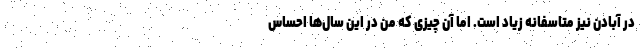
در آبادن نیز متاسفانه زیاد است. اما آن چیزی که من در این سال‌ها احساس